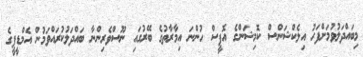
މިބައްދަލުވުމަށްފަހު އިލެކްޝަންސް ކޮމިޝަންގެ އޮފީސް ހުންނަ އިމާރާތުގެ ބޭރުގައި ނޫސްވެރިންނާ ބައްދަލުކުރައްވަމުން އެމްޑީޕީގެ